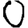
Digit: 0